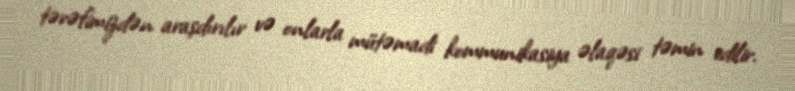
tərəfimizdən araşdırılır və onlarla mütəmadi kommunikasiya əlaqəsi təmin edilir.